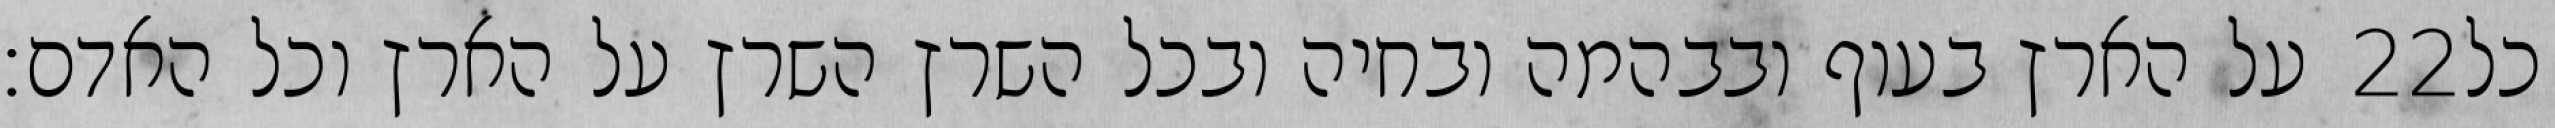
על הארץ בעוף ובבהמה ובחיה ובכל השרץ השרץ על הארץ וכל האדם׃ ‎22‏ כל